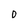
Character: 0